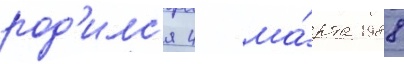
род'илс'я 4 ма́рта 1988